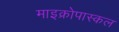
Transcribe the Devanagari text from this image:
माइक्रोपास्कल